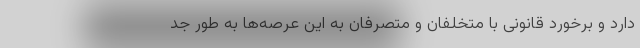
دارد و برخورد قانونی با متخلفان و متصرفان به این عرصه‌ها به طور جد